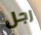
رجل